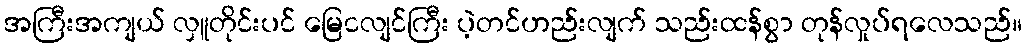
အကြီးအကျယ် လှူတိုင်းပင် မြေငလျင်ကြီး ပဲ့တင်ဟည်းလျက် သည်းထန်စွာ တုန်လှုပ်ရလေသည်။